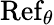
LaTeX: \operatorname{Ref}_{\theta}